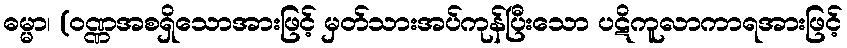
ဓမ္မာ၊ (ဝဏ္ဏအစရှိသောအားဖြင့် မှတ်သားအပ်ကုန်ပြီးသော ပဋိကူလာကာရအားဖြင့်